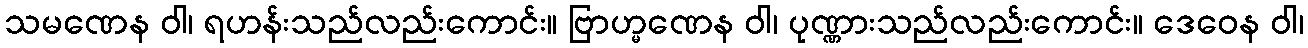
သမဏေန ဝါ၊ ရဟန်းသည်လည်းကောင်း။ ဗြာဟ္မဏေန ဝါ၊ ပုဏ္ဏားသည်လည်းကောင်း။ ဒေဝေန ဝါ၊